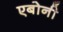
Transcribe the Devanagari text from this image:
एबोनी